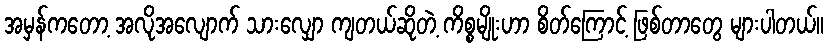
အမှန်ကတော့ အလိုအလျောက် သားလျှော ကျတယ်ဆိုတဲ့ ကိစ္စမျိုးဟာ စိတ်ကြောင့် ဖြစ်တာတွေ များပါတယ်။